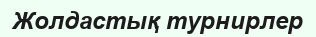
Жолдастық турнирлер